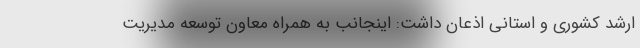
ارشد کشوری و استانی اذعان داشت: اینجانب به همراه معاون توسعه مدیریت